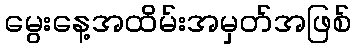
မွေးနေ့အထိမ်းအမှတ်အဖြစ်